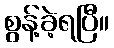
စွန့်ခဲ့ရပြီ။